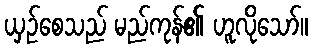
ယှဉ်စေသည် မည်ကုန်၏ ဟူလိုသော်။